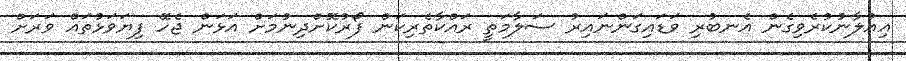
އިއުލާނުކުރެވިގެން އެނބުރި ވަޑައިގަންނައިރު ސަލާމަތީ ރައްކާތެރިކަން ފޯރުކޮށްދިނުމަށް އަޅަން ޖެހޭ ފިޔަވަޅުތައް ވަރަށް